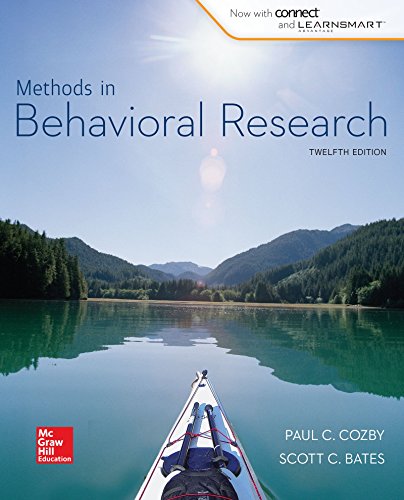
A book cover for Methods in Behavioral Research; Paul Cozby; Medical Books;